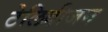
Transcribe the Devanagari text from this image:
टेलिवीजन